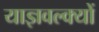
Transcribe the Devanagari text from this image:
याज्ञवल्क्यों